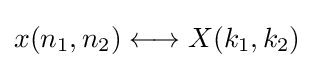
x(n_{1},n_{2})\longleftrightarrow X(k_{1},k_{2})